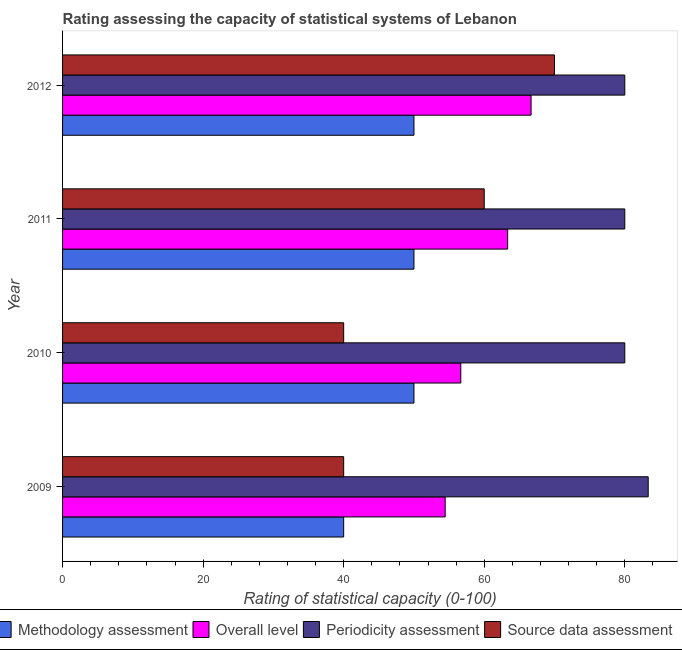
| Year | Methodology assessment | Overall level | Periodicity assessment | Source data assessment |
 | --- | --- | --- | --- | --- |
 | 2009 | 40 | 54.4 | 83.3 | 40 |
 | 2010 | 50 | 56.7 | 80 | 40 |
 | 2011 | 50 | 63.3 | 80 | 60 |
 | 2012 | 50 | 66.7 | 80 | 70 |